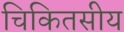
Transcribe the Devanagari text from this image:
चिकितसीय